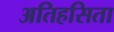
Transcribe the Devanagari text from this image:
अतिहसिता